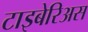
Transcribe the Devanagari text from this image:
टाइबेरिअस